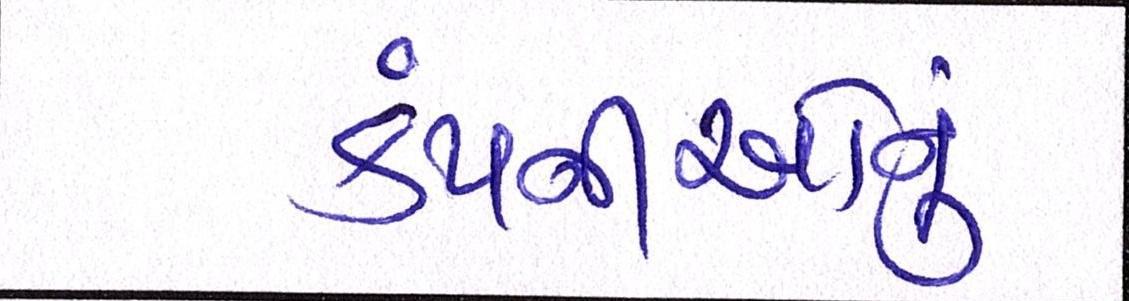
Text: કંપનીઓનું